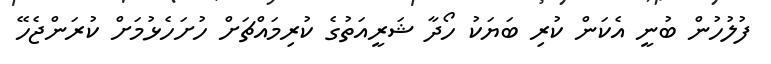
ފުލުހުން ބުނީ އެކަން ކުރި ބަޔަކު ހޯދާ ޝަރީއަތުގެ ކުރިމައްޗަށް ހުށަހެޅުމަށް ކުރަންޖެހޭ